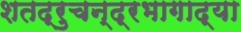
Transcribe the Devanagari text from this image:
शतद्रुचन्द्रभागाद्या